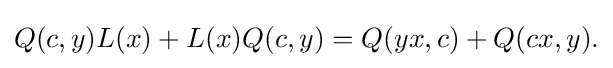
\displaystyle {Q(c,y)L(x)+L(x)Q(c,y)=Q(yx,c)+Q(cx,y).}